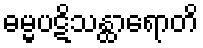
ဓမ္မပဋိသန္ထာရောတိ